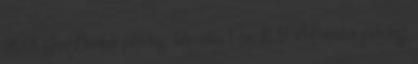
36:01 JizzBunker piercing, tetoválás 1 éve 15:12 xHamster piercing,